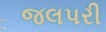
જલપરી